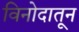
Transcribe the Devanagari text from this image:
विनोदातून